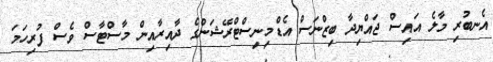
އެނބުރި މާލެ އައިސް ޖައްޔިދާ ބިޒްނަސް އެޑްމިނިސްޓްރޭޝަންގެ ދާއިރާއިން މާސްޓާސް ވެސް ފުރިހަމަ